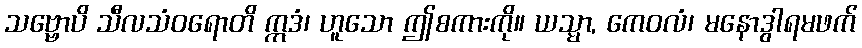
သဗ္ဗောပိ သီလသံဝရောတိ ဣဒံ၊ ဟူသော ဤစကားကို။ ယသ္မာ, ကေဝလံ၊ မနောဒွါရမဖက်